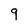
Character: 9